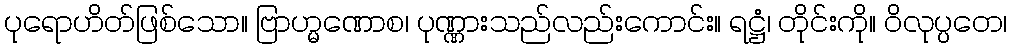
ပုရောဟိတ်ဖြစ်သော။ ဗြာဟ္မဏောစ၊ ပုဏ္ဏားသည်လည်းကောင်း။ ရဋ္ဌံ၊ တိုင်းကို။ ဝိလုပ္ပတေ၊